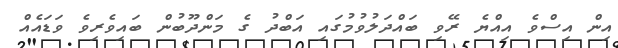
އިން އިސްވެ އިއްޔެ ރޭވި ބައްދަލުވުމުގައި އަބްދު ގެ މަންދޫބުން ބައިވެރިވެ ވަޑައެއް